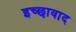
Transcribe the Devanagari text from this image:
इच्छावाद